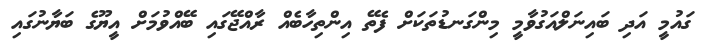
ގައުމީ އަދި ބައިނަލްއަގުވާމީ މިންގަނޑުތަކަށް ފެތޭ އިންތިހާބެއް ރާއްޖޭގައި ބޭއްވުމަށް އީޔޫގެ ބަޔާނުގައި